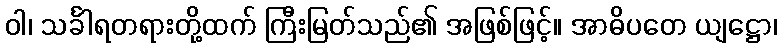
ဝါ၊ သင်္ခါရတရားတို့ထက် ကြီးမြတ်သည်၏ အဖြစ်ဖြင့်။ အာဓိပတေ ယျဋ္ဌော၊